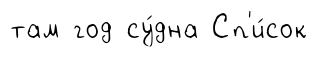
там год су́дна Сп'и́сок